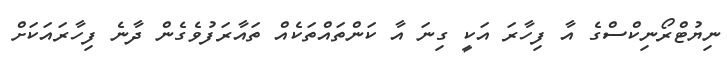
ނިޔުޓްރޯނިކްސްގެ އާ ފިހާރަ އަކީ ގިނަ އާ ކަންތައްތަކެއް ތައާރަފުވެގެން ދާނެ ފިހާރައަކަށް